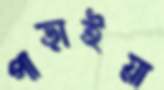
পাড়াইয়া